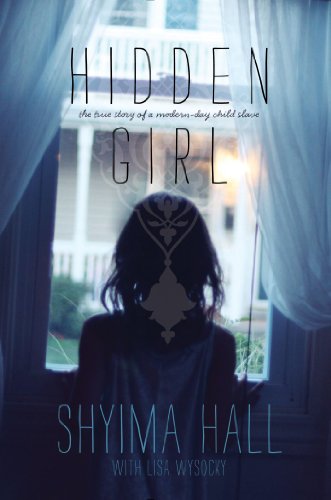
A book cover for Hidden Girl: The True Story of a Modern-Day Child Slave; Shyima Hall; Teen & Young Adult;